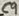
Text: C9